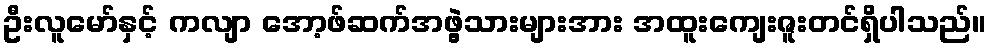
ဦးလူမော်နှင့် ကလျာ အော့ဖ်ဆက်အဖွဲ့သားများအား အထူးကျေးဇူးတင်ရှိပါသည်။